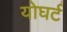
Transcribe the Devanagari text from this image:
योघर्ट